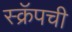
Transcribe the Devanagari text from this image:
स्क्रॅपची